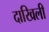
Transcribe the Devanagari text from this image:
दाखिली